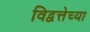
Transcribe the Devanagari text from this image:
विद्वत्तेच्या